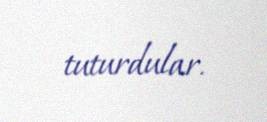
tuturdular.